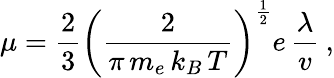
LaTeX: \mu=\frac{2}{3}\left(\frac{2}{\pi\, m_{e}\, k_{B}\, T}\right)^{\frac{1}{2}}e\, \frac{\lambda}{v}\: ,